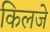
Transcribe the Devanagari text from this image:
किलजे